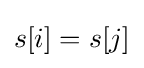
s[i]=s[j]